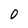
Character: 0